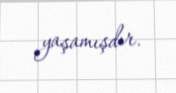
yaşamışdır.